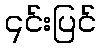
၎င်းပြင်